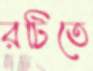
রটিতে